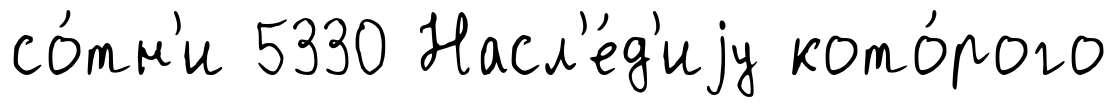
со́тн'и 5330 Насл'е́д'иjу кото́рого